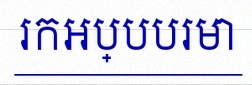
រកអប្បបរមា